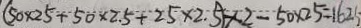
( 5 0 \times 2 5 + 5 0 \times 2 . 5 + 2 5 \times 2 . 5 ) \times 2 - 5 0 \times 2 5 = 1 6 2 5